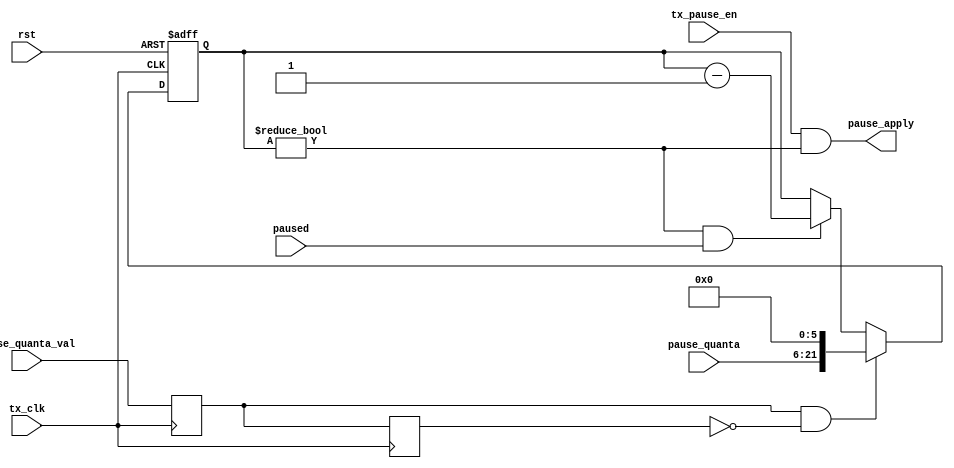
module flow_ctrl_tx
  (input        rst,
   input        tx_clk,
   input        tx_pause_en,
   input [15:0] pause_quanta,
   input        pause_quanta_val,
   output       pause_apply,
   input        paused);
   reg [15+6:0] pause_quanta_counter;
   reg 		pqval_d1, pqval_d2;		
   always @(posedge tx_clk) pqval_d1 <= pause_quanta_val;
   always @(posedge tx_clk) pqval_d2 <= pqval_d1;
   always @ (posedge tx_clk or posedge rst)
     if (rst)
       pause_quanta_counter <= 0;
     else if (pqval_d1 & ~pqval_d2)
       pause_quanta_counter <= {pause_quanta, 6'b0}; 
     else if((pause_quanta_counter!=0) & paused)
       pause_quanta_counter <= pause_quanta_counter - 1;
   assign	pause_apply = tx_pause_en & (pause_quanta_counter != 0);
endmodule